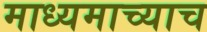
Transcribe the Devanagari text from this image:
माध्यमाच्याच